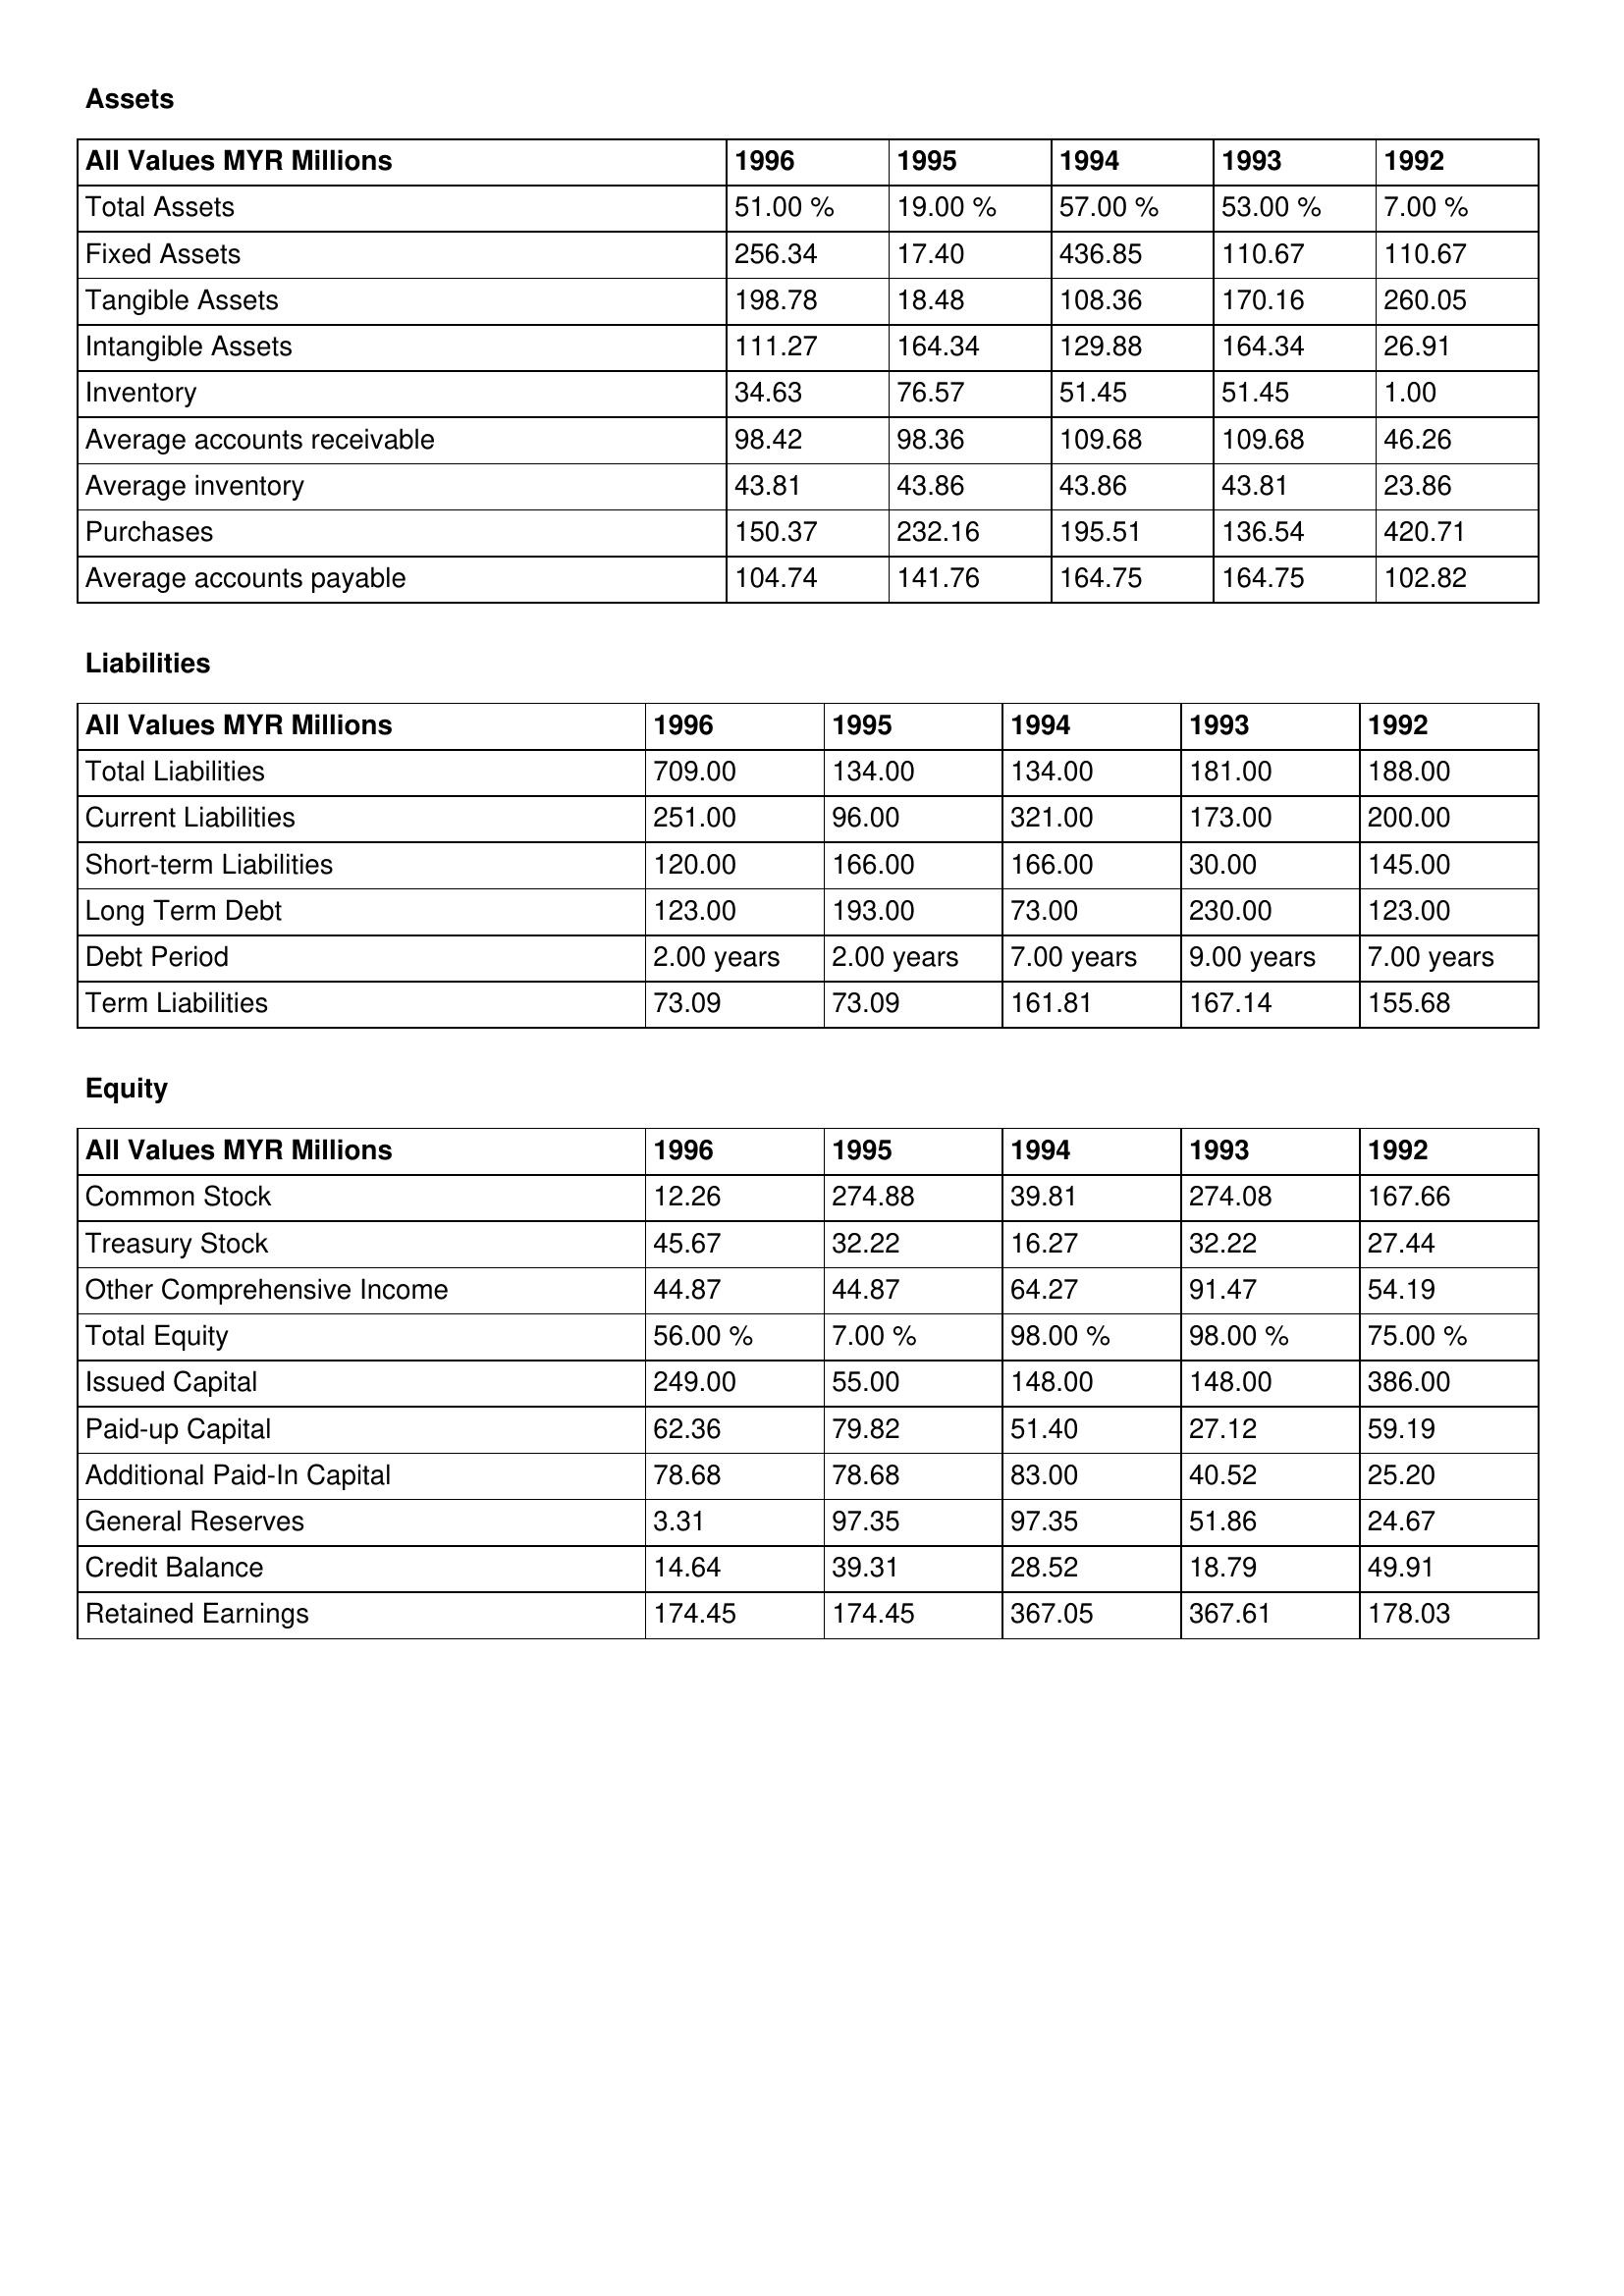
gt_parse: 1996: Assets: Total Assets: 51.00 %
Fixed Assets: 256.34
Tangible Assets: 198.78
Intangible Assets: 111.27
Inventory: 34.63
Average accounts receivable: 98.42
Average inventory: 43.81
Purchases: 150.37
Average accounts payable: 104.74
Liabilities: Total Liabilities: 709.00
Current Liabilities: 251.00
Short-term Liabilities: 120.00
Long Term Debt: 123.00
Debt Period: 2.00 years
Term Liabilities: 73.09
Equity: Common Stock: 12.26
Treasury Stock: 45.67
Other Comprehensive Income: 44.87
Total Equity: 56.00 %
Issued Capital: 249.00
Paid-up Capital: 62.36
Additional Paid-In Capital: 78.68
General Reserves: 3.31
Credit Balance: 14.64
Retained Earnings: 174.45
1995: Assets: Total Assets: 19.00 %
Fixed Assets: 17.40
Tangible Assets: 18.48
Intangible Assets: 164.34
Inventory: 76.57
Average accounts receivable: 98.36
Average inventory: 43.86
Purchases: 232.16
Average accounts payable: 141.76
Liabilities: Total Liabilities: 134.00
Current Liabilities: 96.00
Short-term Liabilities: 166.00
Long Term Debt: 193.00
Debt Period: 2.00 years
Term Liabilities: 73.09
Equity: Common Stock: 274.88
Treasury Stock: 32.22
Other Comprehensive Income: 44.87
Total Equity: 7.00 %
Issued Capital: 55.00
Paid-up Capital: 79.82
Additional Paid-In Capital: 78.68
General Reserves: 97.35
Credit Balance: 39.31
Retained Earnings: 174.45
1994: Assets: Total Assets: 57.00 %
Fixed Assets: 436.85
Tangible Assets: 108.36
Intangible Assets: 129.88
Inventory: 51.45
Average accounts receivable: 109.68
Average inventory: 43.86
Purchases: 195.51
Average accounts payable: 164.75
Liabilities: Total Liabilities: 134.00
Current Liabilities: 321.00
Short-term Liabilities: 166.00
Long Term Debt: 73.00
Debt Period: 7.00 years
Term Liabilities: 161.81
Equity: Common Stock: 39.81
Treasury Stock: 16.27
Other Comprehensive Income: 64.27
Total Equity: 98.00 %
Issued Capital: 148.00
Paid-up Capital: 51.40
Additional Paid-In Capital: 83.00
General Reserves: 97.35
Credit Balance: 28.52
Retained Earnings: 367.05
1993: Assets: Total Assets: 53.00 %
Fixed Assets: 110.67
Tangible Assets: 170.16
Intangible Assets: 164.34
Inventory: 51.45
Average accounts receivable: 109.68
Average inventory: 43.81
Purchases: 136.54
Average accounts payable: 164.75
Liabilities: Total Liabilities: 181.00
Current Liabilities: 173.00
Short-term Liabilities: 30.00
Long Term Debt: 230.00
Debt Period: 9.00 years
Term Liabilities: 167.14
Equity: Common Stock: 274.08
Treasury Stock: 32.22
Other Comprehensive Income: 91.47
Total Equity: 98.00 %
Issued Capital: 148.00
Paid-up Capital: 27.12
Additional Paid-In Capital: 40.52
General Reserves: 51.86
Credit Balance: 18.79
Retained Earnings: 367.61
1992: Assets: Total Assets: 7.00 %
Fixed Assets: 110.67
Tangible Assets: 260.05
Intangible Assets: 26.91
Inventory: 1.00
Average accounts receivable: 46.26
Average inventory: 23.86
Purchases: 420.71
Average accounts payable: 102.82
Liabilities: Total Liabilities: 188.00
Current Liabilities: 200.00
Short-term Liabilities: 145.00
Long Term Debt: 123.00
Debt Period: 7.00 years
Term Liabilities: 155.68
Equity: Common Stock: 167.66
Treasury Stock: 27.44
Other Comprehensive Income: 54.19
Total Equity: 75.00 %
Issued Capital: 386.00
Paid-up Capital: 59.19
Additional Paid-In Capital: 25.20
General Reserves: 24.67
Credit Balance: 49.91
Retained Earnings: 178.03